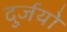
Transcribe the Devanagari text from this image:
दुर्जयो